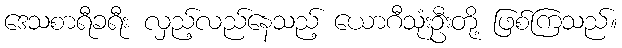
ဒေသစာရီခရီး လှည့်လည်နေသည့် ယောဂီသုံးဦးတို့ ဖြစ်ကြသည်။